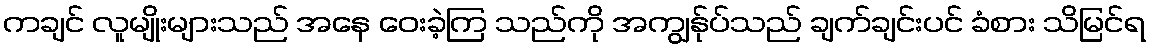
ကချင် လူမျိုးများသည် အနေ ဝေးခဲ့ကြ သည်ကို အကျွန်ုပ်သည် ချက်ချင်းပင် ခံစား သိမြင်ရ